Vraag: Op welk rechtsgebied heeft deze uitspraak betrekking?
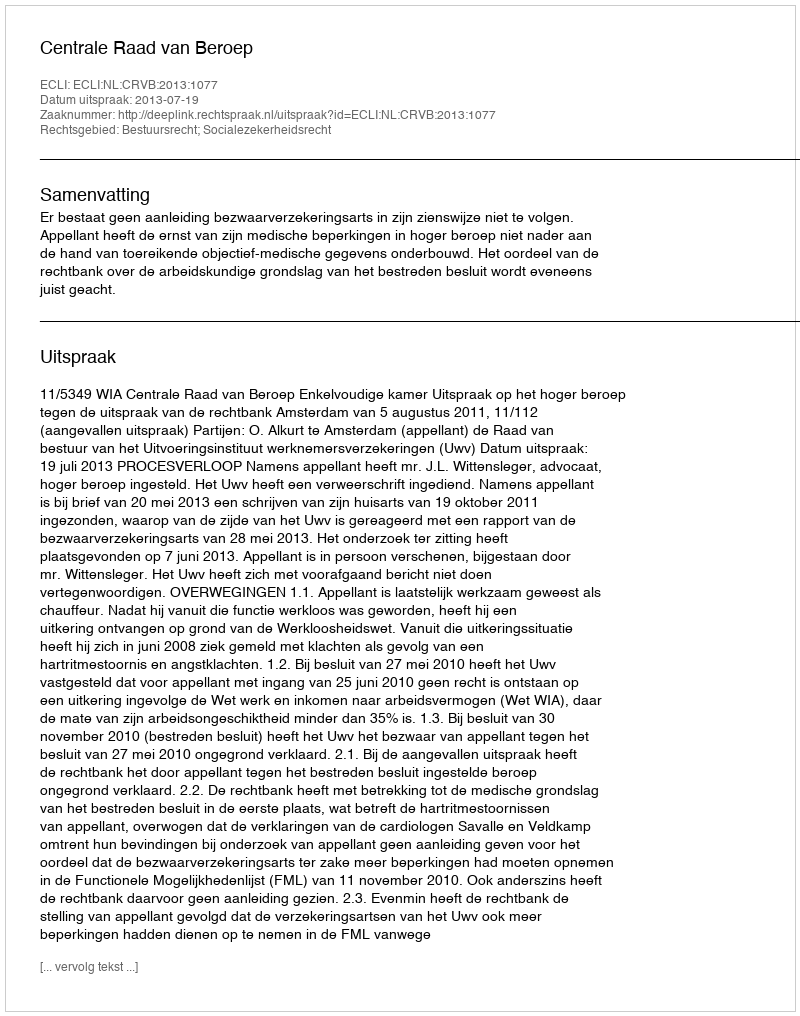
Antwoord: Bestuursrecht; Socialezekerheidsrecht